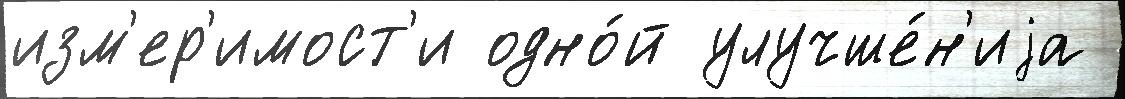
изм'ер'имост'и одно́й улучше́н'иjа